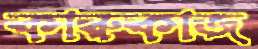
কারুকাজ